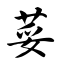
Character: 荽